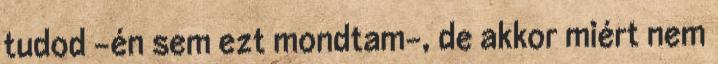
tudod -én sem ezt mondtam-, de akkor miért nem